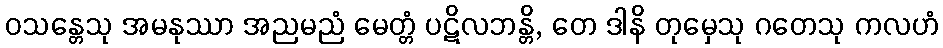
ဝသန္တေသု အမနုဿာ အညမညံ မေတ္တံ ပဋိလဘန္တိ, တေ ဒါနိ တုမှေသု ဂတေသု ကလဟံ